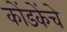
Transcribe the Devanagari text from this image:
कोंडकेंचे